Insane asylums Bombay 1873-77 - 1873-1877
Year: 1873
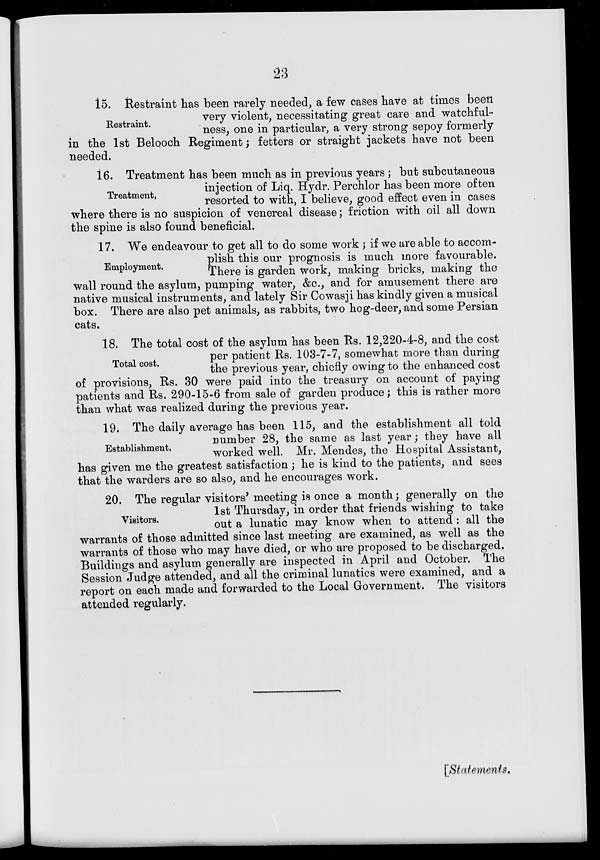
23
Restraint.
15. Restraint has been rarely needed, a few cases have at times been
very violent, necessitating great care and watchful-
ness, one in particular, a very strong sepoy formerly
in the 1st Belooch Regiment; fetters or straight jackets have not been
needed.
Treatment.
16. Treatment has been much as in previous years ; but subcutaneous
injection of Liq. Hydr. Perchlor has been more often
resorted to with, I believe, good effect even in cases
where there is no suspicion of venereal disease; friction with oil all down
the spine is also found beneficial.
Employment.
17. We endeavour to get all to do some work ; if we are able to accom-
plish this our prognosis is much more favourable.
There is garden work, making bricks, making the
wall round the asylum, pumping water, &c., and for amusement there are
native musical instruments, and lately Sir Cowasji has kindly given a musical
box. There are also pet animals, as rabbits, two hog-deer, and some Persian
cats.
Total cost.
18. The total cost of the asylum has been Rs. 12,220-4-8, and the cost
per patient Rs. 103-7-7, somewhat more than during
the previous year, chiefly owing to the enhanced cost
of provisions, Rs. 30 were paid into the treasury on account of paying
patients and Rs. 290-15-6 from sale of garden produce; this is rather more
than what was realized during the previous year.
Establishment.
19. The daily average has been 115, and the establishment all told
number 28, the same as last year ; they have all
worked well. Mr. Mendes, the Hospital Assistant,
has given me the greatest satisfaction ; he is kind to the patients, and sees
that the warders are so also, and he encourages work.
Visitors.
20. The regular visitors' meeting is once a month ; generally on the
1st Thursday, in order that friends wishing to take
out a lunatic may know when to attend : all the
warrants of those admitted since last meeting are examined, as well as the
warrants of those who may have died, or who are proposed to be discharged.
Buildings and asylum generally are inspected in April and October. The
Session Judge attended, and all the criminal lunatics were examined, and a
report on each made and forwarded to the Local Government. The visitors
attended regularly.
[Statements.